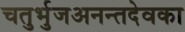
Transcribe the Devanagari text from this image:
चतुर्भुजअनन्तदेवका